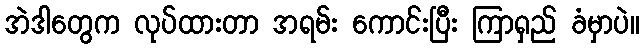
အဲဒါတွေက လုပ်ထားတာ အရမ်း ကောင်းပြီး ကြာရှည် ခံမှာပဲ။